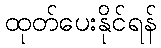
ထုတ်ပေးနိုင်ရန်